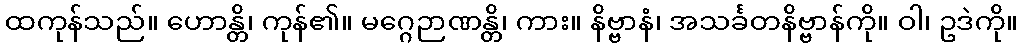
ထကုန်သည်။ ဟောန္တိ၊ ကုန်၏။ မဂ္ဂေဉာဏန္တိ၊ ကား။ နိဗ္ဗာနံ၊ အသင်္ခတနိဗ္ဗာန်ကို။ ဝါ၊ ဥဒဲကို။